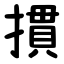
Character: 摜